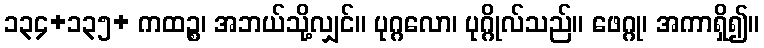
၁၃၄+၁၃၅+ ကထဉ္စ၊ အဘယ်သို့လျှင်။ ပုဂ္ဂလော၊ ပုဂ္ဂိုလ်သည်။ ဖေဂ္ဂု၊ အကာရှိ၍။